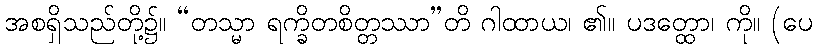
အစရှိသည်တို့၌။ “တသ္မာ ရက္ခိတစိတ္တဿာ”တိ ဂါထာယ၊ ၏။ ပဒတ္ထော၊ ကို။ (ပေ